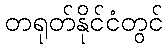
တရုတ်နိုင်ငံတွင်